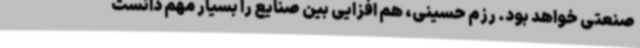
صنعتی خواهد بود. رزم حسینی، هم افزایی بین صنایع را بسیار مهم دانست